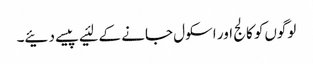
لوگوں‌کو کالج اور اسکول جانے کے لئیے پیسے دئیے۔